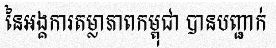
នៃអង្គការតម្លាភាពកម្ពុជា បានបញ្ជាក់